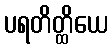
ပရတိတ္ထိယေ